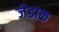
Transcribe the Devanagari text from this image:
जेडाक